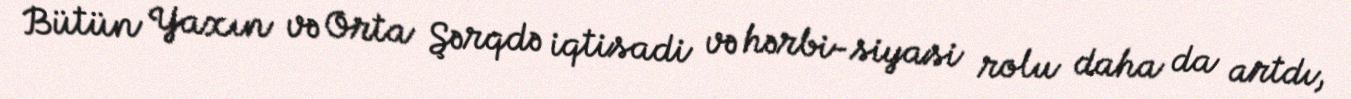
Bütün Yaxın və Orta Şərqdə iqtisadi və hərbi-siyasi rolu daha da artdı,